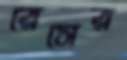
রেসের